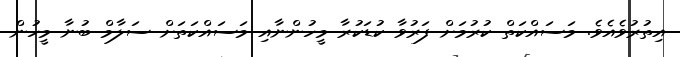
އިތުރުވެއެވެ. މަސައްކަތް ކުރުމަށް ފަރުވާ ކުޑަކުރާ މީހުންނާއި މަސައްކަތަށް ސަލާމް ބުނާ މީހުން